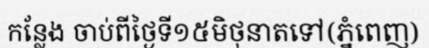
កន្លែង ចាប់ពីថ្ងៃទី១៥មិថុនាតទៅ(ភ្នំពេញ)